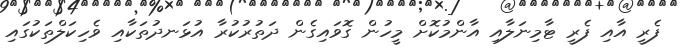
ފެރީ އާއި ފެރީ ޓާމިނަލާއި އާންމުކޮށް މީހުން ގޮވައިގެން ދަތުރުކުރާ އުޅަނދުތަކާއި ވެހިކަލްތަކުގައި